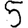
Digit: 5